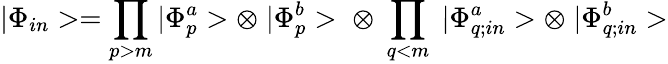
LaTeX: |\Phi_{in}>=\prod_{p>m}|\Phi_{p}^{a}>\otimes\; |\Phi_{p}^{b}>\; \otimes\; \prod_{q<m}\; |\Phi_{q;in}^{a}>\otimes\; |\Phi_{q;in}^{b}>